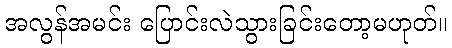
အလွန်အမင်း ပြောင်းလဲသွားခြင်းတော့မဟုတ်။